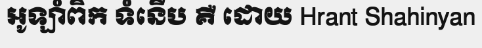
អូឡាំពិក ទំនើប គឺ ដោយ Hrant Shahinyan